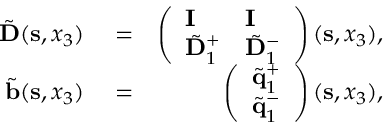
\begin{array} { r l r } { \tilde { \bf D } ( { \bf s } , x _ { 3 } ) } & { { } = } & { \left( \begin{array} { l l } { { \bf I } } & { { \bf I } } \\ { \tilde { \bf D } _ { 1 } ^ { + } } & { \tilde { \bf D } _ { 1 } ^ { - } } \end{array} \right) ( { \bf s } , x _ { 3 } ) , } \\ { \tilde { \bf b } ( { \bf s } , x _ { 3 } ) } & { { } = } & { \left( \begin{array} { l } { \tilde { \bf q } _ { 1 } ^ { + } } \\ { \tilde { \bf q } _ { 1 } ^ { - } } \end{array} \right) ( { \bf s } , x _ { 3 } ) , } \end{array}